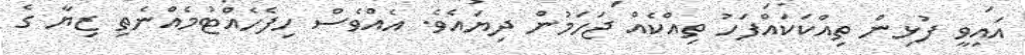
އައިވީ ފުޅިން ތިއްކަކައްފަހު ތިއްކެއް ޖަހަމުން ދިޔައެވެ. އެއްވެސް ހިފެހެއްޓުމެއްނެތި ޒިޔާ ގެ